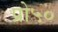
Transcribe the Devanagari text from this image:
प्रो५०